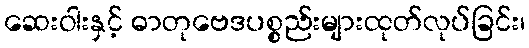
ဆေးဝါးနှင့် ဓာတုဗေဒပစ္စည်းများထုတ်လုပ်ခြင်း၊